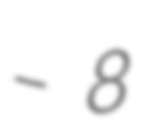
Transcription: – 8